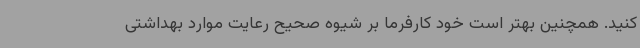
کنید. همچنین بهتر است خود کارفرما بر شیوه صحیح رعایت موارد بهداشتی